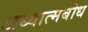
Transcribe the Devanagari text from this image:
अध्यात्मबोध